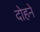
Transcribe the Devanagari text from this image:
दोहने